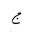
Letter: _gim